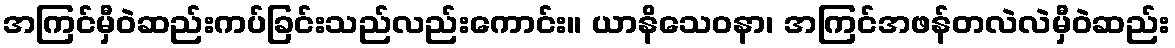
အကြင်မှီဝဲဆည်းကပ်ခြင်းသည်လည်းကောင်း။ ယာနိသေဝနာ၊ အကြင်အဖန်တလဲလဲမှီဝဲဆည်း